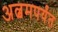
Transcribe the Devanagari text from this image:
अल्बमपर्यंत